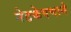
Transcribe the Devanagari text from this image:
नेटकेपणाने